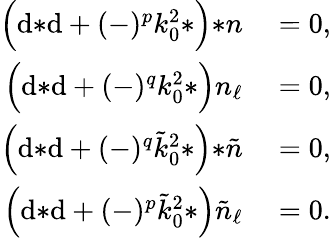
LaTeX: \begin{array}{rl}{\Big(\mathrm{d}{*\mathrm{d}}+(-)^{p}k_{0}^{2}{*}\Big){*n}}&{{}=0,}\\ {\Big(\mathrm{d}{*\mathrm{d}}+(-)^{q}k_{0}^{2}{*}\Big)n_{\ell}}&{{}=0,}\\ {\Big(\mathrm{d}{*\mathrm{d}}+(-)^{q}\tilde{k}_{0}^{2}{*}\Big){*\tilde{n}}}&{{}=0,}\\ {\Big(\mathrm{d}{*\mathrm{d}}+(-)^{p}\tilde{k}_{0}^{2}{*}\Big)\tilde{n}_{\ell}}&{{}=0.}\end{array}